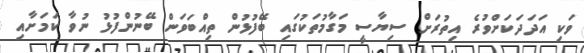
ވަކި އަދަދަކަށްވުރެ އިތުރަށް ސިޔާސީ މަގާމުތަކުގައި ބޭފުޅުން ތިއްބަވަން ބޭނުންފުޅު ނުވާ ކަމަށާއި